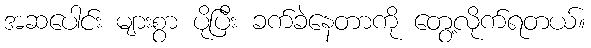
အဆပေါင်း များစွာ ပိုပြီး ခက်ခဲနေတာကို တွေ့လိုက်ရတယ်။